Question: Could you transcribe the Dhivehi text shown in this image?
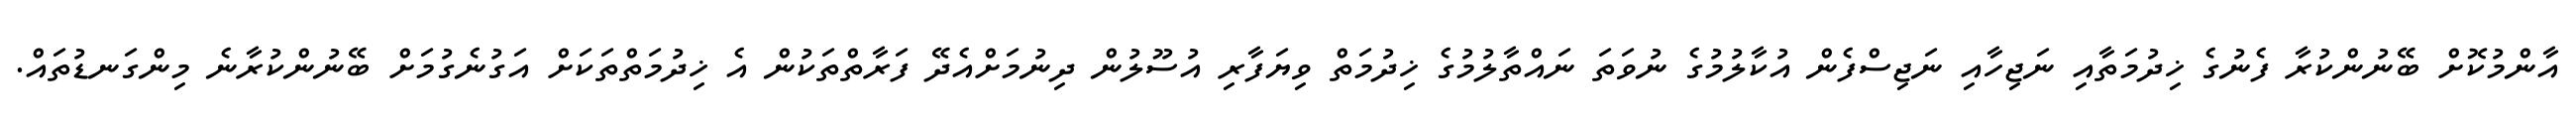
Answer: އާންމުކޮށް ބޭނުންކުރާ ފެނުގެ ޚިދުމަތާއި ނަޖިހާއި ނަޖިސްފެން އުކާލުމުގެ ނުވަތަ ނައްތާލުމުގެ ޚިދުމަތް ވިޔަފާރި އުސޫލުން ދިނުމަށްއެދޭ ފަރާތްތަކުން އެ ޚިދުމަތްތަކަށް އަގުނެގުމަށް ބޭނުންކުރާނެ މިންގަނޑުތައް.